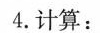
4.计算: